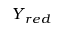
\boldsymbol { Y } _ { r e d }